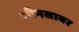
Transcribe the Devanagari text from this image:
जीनसावर